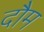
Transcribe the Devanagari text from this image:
दौम